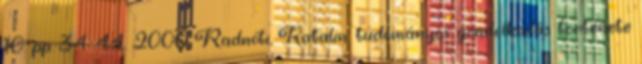
10. pp. 34-44. 2000 Radnóti, Katalin: tudományos gondolkodás története